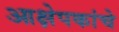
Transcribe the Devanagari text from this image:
आक्षेपकांचे